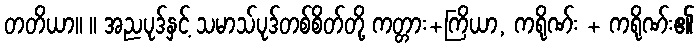
တတိယာ။ ။ အညပုဒ်နှင့် သမာသ်ပုဒ်တစ်စိတ်တို့ ကတ္တား+ကြိယာ, ကရိုဏ်း + ကရိုဏ်း၏